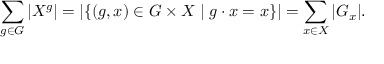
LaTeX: \sum _ { g \in G } | X ^ { g } | = | \{ ( g , x ) \in G \times X \mid g \cdot x = x \} | = \sum _ { x \in X } | G _ { x } | .